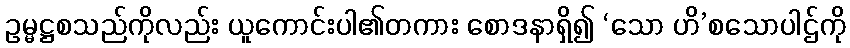
ဥမ္မဋ္ဌစသည်ကိုလည်း ယူကောင်းပါ၏တကား စောဒနာရှိ၍ ‘သော ဟိ’စသောပါဌ်ကို